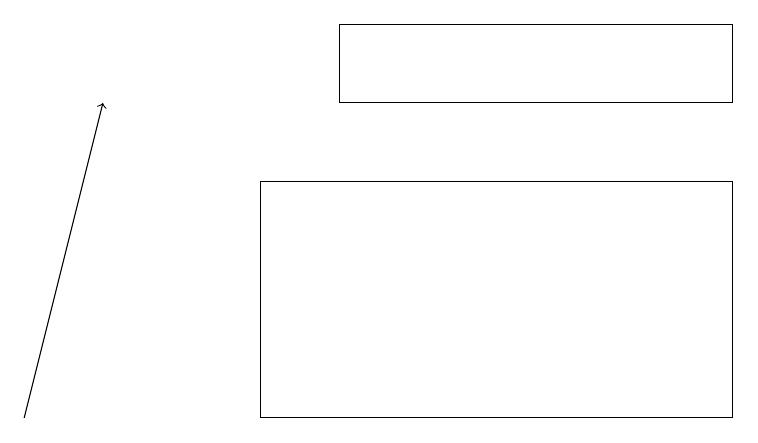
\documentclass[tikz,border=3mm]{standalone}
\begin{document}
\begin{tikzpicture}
\draw (9,17) rectangle (3,14);
\draw (4,19) rectangle (9,18);
\draw[->] (0,14) -- (1,18);
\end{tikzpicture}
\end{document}